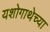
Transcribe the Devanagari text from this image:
यशोगाथेच्या